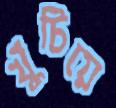
খুঁচিয়ে